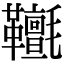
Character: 𩎄